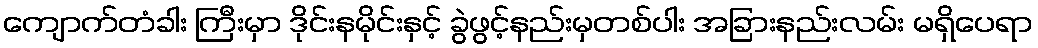
ကျောက်တံခါး ကြီးမှာ ဒိုင်းနမိုင်းနှင့် ခွဲဖွင့်နည်းမှတစ်ပါး အခြားနည်းလမ်း မရှိပေရာ